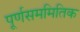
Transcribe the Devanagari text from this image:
पूर्णसममितिक